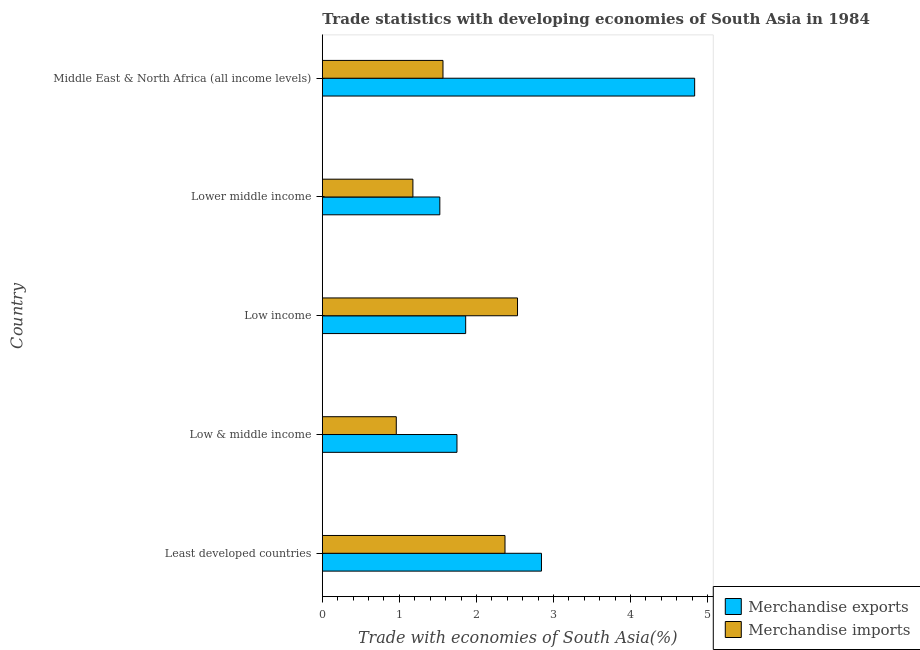
| Country | Merchandise exports | Merchandise imports |
 | --- | --- | --- |
 | Least developed countries | 2.84 | 2.37 |
 | Low & middle income | 1.75 | 0.96 |
 | Low income | 1.86 | 2.53 |
 | Lower middle income | 1.52 | 1.18 |
 | Middle East & North Africa (all income levels) | 4.83 | 1.57 |